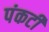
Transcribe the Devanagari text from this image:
पंकटी